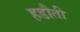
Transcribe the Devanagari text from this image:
हडौती